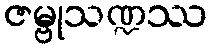
ဇမ္ဗုသဏ္ဍဿ